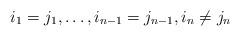
LaTeX: \begin{align*}i_1 = j_1, \ldots, i_{n-1} =j_{n-1}, i_n \neq j_n\end{align*}